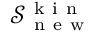
\mathcal { S } _ { \mathrm { ~ n ~ e ~ w ~ } } ^ { \mathrm { ~ k ~ i ~ n ~ } }